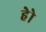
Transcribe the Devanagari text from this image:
हेेो